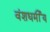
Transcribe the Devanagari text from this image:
वंशधर्मीय